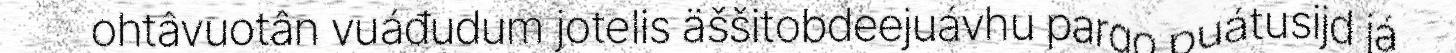
ohtâvuotân vuáđudum jotelis äššitobdeejuávhu pargo puátusijd já